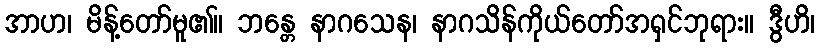
အာဟ၊ မိန့်တော်မူ၏။ ဘန္တေ နာဂသေန၊ နာဂသိန်ကိုယ်တော်အရှင်ဘုရား။ ဒွီဟိ၊